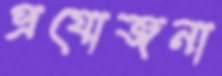
প্রযোজনা